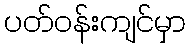
ပတ်ဝန်းကျင်မှာ